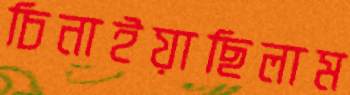
চিনাইয়াছিলাম